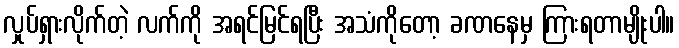
လှုပ်ရှားလိုက်တဲ့ လက်ကို အရင်မြင်ရပြီး အသံကိုတော့ ခဏနေမှ ကြားရတာမျိုးပါ။